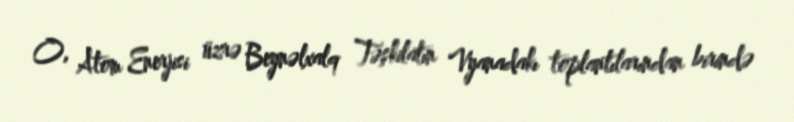
O, Atom Enerjisi üzrə Beynəlxalq Təşkilatın Vyanadakı toplantılarından birində